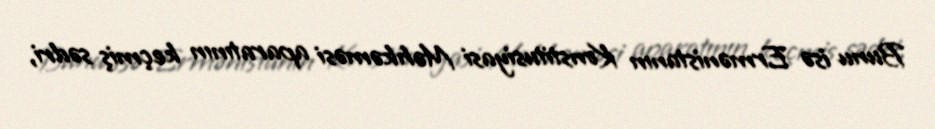
Bunu isə Ermənistanın Konstitusiyasi Məhkəməsi aparatının keçmiş sədri,